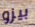
بيزو